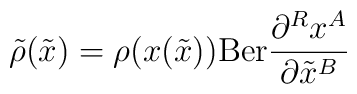
{\tilde \rho}({\tilde x}) = \rho (x ({\tilde x})) {\rm Ber} \frac{\partial^{R} x^A}{\partial {\tilde x}^B}